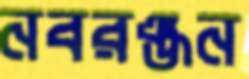
নবরঞ্জন